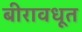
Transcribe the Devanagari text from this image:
बीरावधूत